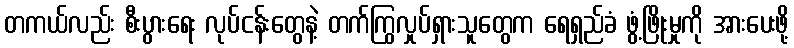
တကယ်လည်း စီးပွားရေး လုပ်ငန်းတွေနဲ့ တက်ကြွလှုပ်ရှားသူတွေက ရေရှည်ခံ ဖွံ့ဖြိုးမှုကို အားပေးဖို့